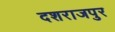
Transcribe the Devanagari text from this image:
दशराजपुर